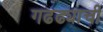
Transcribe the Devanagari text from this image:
गढढ्याची